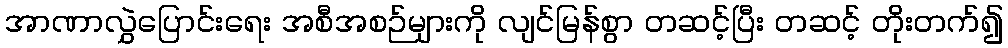
အာဏာလွှဲပြောင်းရေး အစီအစဉ်များကို လျင်မြန်စွာ တဆင့်ပြီး တဆင့် တိုးတက်၍